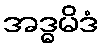
အဒ္ဓမိဒံ